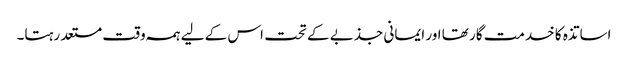
اساتذہ کا خدمت گار تھا اور ایمانی جذبے کے تحت اس کے لیے ہمہ وقت مستعد رہتا۔